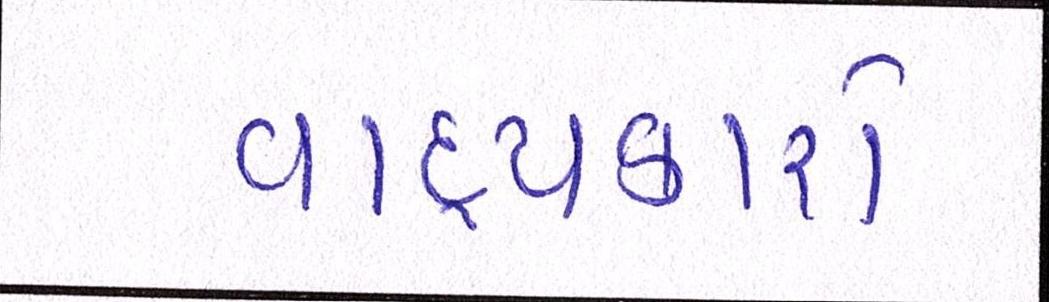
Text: વાદ્યકારો